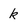
Character: k